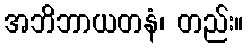
အဘိဘာယတနံ၊ တည်း။